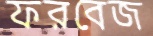
ফরবেজ